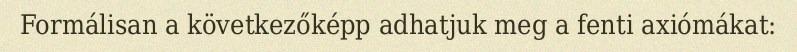
Formálisan a következőképp adhatjuk meg a fenti axiómákat: